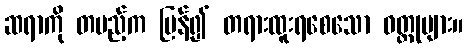
ဆရာကို တပည့်က ပြန်၍ တရားထူးရစေသော ဝတ္ထုများ။